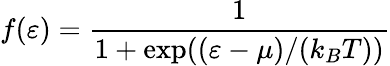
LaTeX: f(\varepsilon)=\frac{1}{1+\exp((\varepsilon-\mu)/(k_{B}T))}